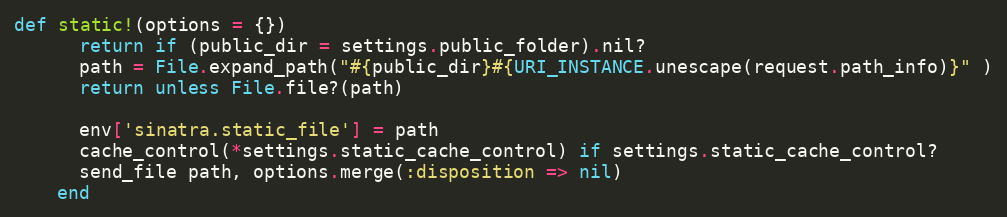
Language: Ruby
def static!(options = {})
      return if (public_dir = settings.public_folder).nil?
      path = File.expand_path("#{public_dir}#{URI_INSTANCE.unescape(request.path_info)}" )
      return unless File.file?(path)

      env['sinatra.static_file'] = path
      cache_control(*settings.static_cache_control) if settings.static_cache_control?
      send_file path, options.merge(:disposition => nil)
    end